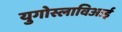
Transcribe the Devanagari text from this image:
युगोस्लाविआई